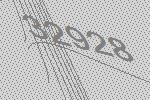
32928